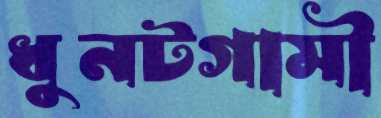
ধুনটগামী